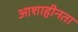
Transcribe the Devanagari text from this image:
आशाहीनता